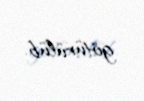
götürülüb.